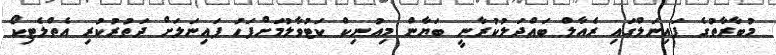
މުބާރާތުގެ ފައިނަލްގައި ރެއާލް ބައްދަލުކުރާނީ ބަޔާން މިއުނިކް ކަޓުވާލުމަށްފަހު ފައިނަލަށް ދަތުރުކުރި އެތްލެޓިކޯ